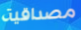
مصداقية